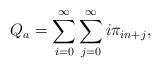
LaTeX: \begin{align*}Q_{a} = \sum_{i=0}^{\infty} \sum_{j=0}^{\infty} i \pi _{in+j},\end{align*}